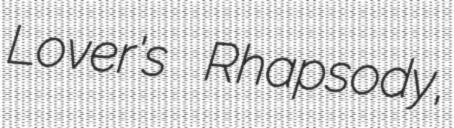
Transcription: Lover's Rhapsody,